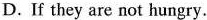
D.If they are not hungry.